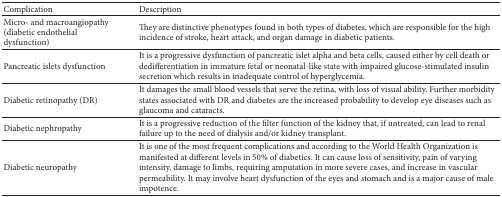
<table><thead><tr><td><b>Complication</b></td><td><b>Description</b></td></tr></thead><tbody><tr><td>Micro- and macroangiopathy (diabetic endothelial dysfunction)</td><td>They are distinctive phenotypes found in both types of diabetes, which are responsible for the high incidence of stroke, heart attack, and organ damage in diabetic patients.</td></tr><tr><td>Pancreatic islets dysfunction</td><td>It is a progressive dysfunction of pancreatic islet alpha and beta cells, caused either by cell death or dedifferentiation in immature fetal or neonatal-like state with impaired glucose-stimulated insulin secretion which results in inadequate control of hyperglycemia.</td></tr><tr><td>Diabetic retinopathy (DR)</td><td>It damages the small blood vessels that serve the retina, with loss of visual ability. Further morbidity states associated with DR and diabetes are the increased probability to develop eye diseases such as glaucoma and cataracts.</td></tr><tr><td>Diabetic nephropathy</td><td>It is a progressive reduction of the filter function of the kidney that, if untreated, can lead to renal failure up to the need of dialysis and/or kidney transplant.</td></tr><tr><td>Diabetic neuropathy</td><td>It is one of the most frequent complications and according to the World Health Organization is manifested at different levels in 50% of diabetics. It can cause loss of sensitivity, pain of varying intensity, damage to limbs, requiring amputation in more severe cases, and increase in vascular permeability. It may involve heart dysfunction of the eyes and stomach and is a major cause of male impotence.</td></tr></tbody></table>